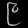
Digit: ၉